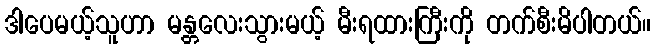
ဒါပေမယ့်သူဟာ မန္တလေးသွားမယ့် မီးရထားကြီးကို တက်စီးမိပါတယ်။